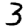
Digit: 3